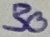
Text: 30